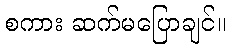
စကား ဆက်မပြောချင်။